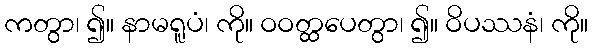
ကတွာ၊ ၍။ နာမရူပံ၊ ကို။ ဝဝတ္ထပေတွာ၊ ၍။ ဝိပဿနံ၊ ကို။